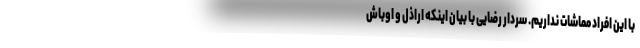
با این افراد مماشات نداریم. سردار رضایی با بیان اینکه اراذل و اوباش